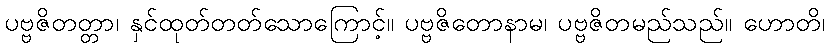
ပဗ္ဗဇိတတ္တာ၊ နှင်ထုတ်တတ်သောကြောင့်။ ပဗ္ဗဇိတောနာမ၊ ပဗ္ဗဇိတမည်သည်။ ဟောတိ၊